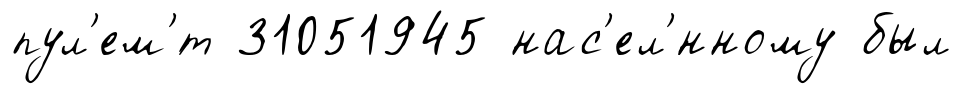
пул'ем'́т 31051945 нас'ел'́нному был